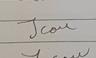
Signature authenticity: forged